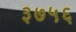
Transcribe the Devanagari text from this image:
३७५६